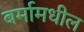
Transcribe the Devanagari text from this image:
बर्मामधील